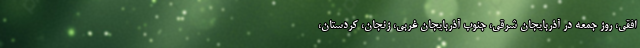
افقی، روز جمعه در آذربایجان شرقی، جنوب آذربایجان غربی، زنجان، کردستان،